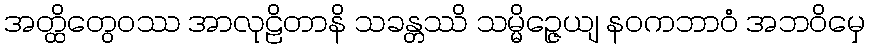
အတ္ထိတွေဝဿ အာလုဠိတာနိ သခန္တဿိ သမ္မိဉ္ဇေယျ နဝကဘာဝံ အဘဝိမှေ